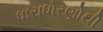
ધારાધોરણોથી